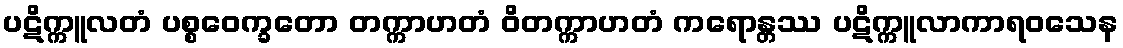
ပဋိက္ကူလတံ ပစ္စဝေက္ခတော တက္ကာဟတံ ဝိတက္ကာဟတံ ကရောန္တဿ ပဋိက္ကူလာကာရဝသေန